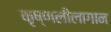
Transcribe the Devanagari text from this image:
कृष्णलीलागान